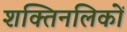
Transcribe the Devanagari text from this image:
शक्तिनलिकों